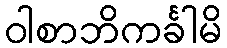
ဝါစာဘိကင်္ခါမိ